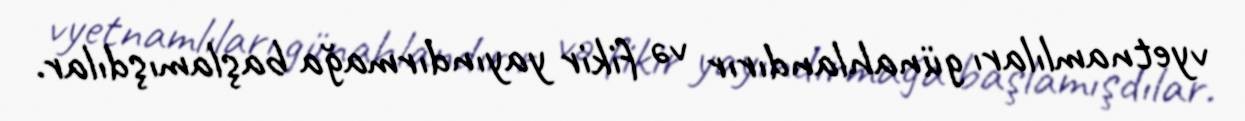
vyetnamlıları günahlandırır və fikir yayındırmağa başlamışdılar.